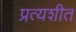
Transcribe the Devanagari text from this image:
प्रत्यशीत